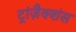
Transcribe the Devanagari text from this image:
ट्रांज़ैक्शंस